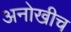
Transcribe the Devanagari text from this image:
अनोखीच